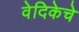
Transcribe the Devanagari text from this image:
वेदिकेचे